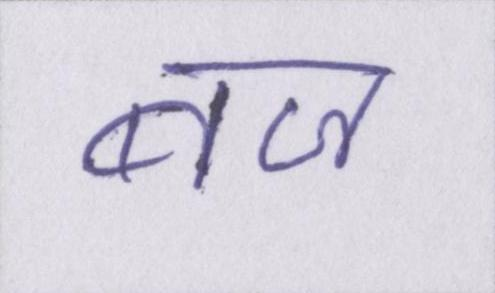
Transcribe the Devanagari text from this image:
बज